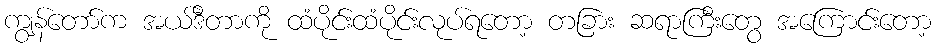
ကျွန်တော်က အယ်ဒီတာကို ထံပိုင်းထံပိုင်းလုပ်ရတော့ တခြား ဆရာကြီးတွေ အကြောင်းတော့